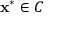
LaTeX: \mathbf { x ^ { \ast } } \in C